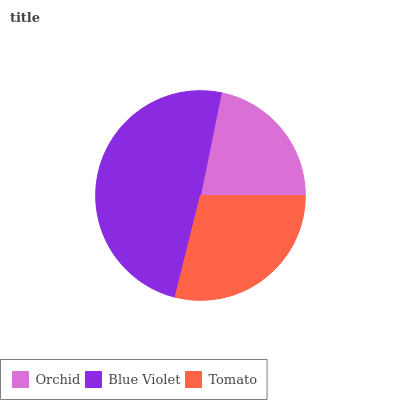
| Orchid | Blue Violet | Tomato |
 | --- | --- | --- |
 | 21.8% | 49.3% | 28.9% |